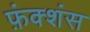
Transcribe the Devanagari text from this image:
फ़ंक्शंस